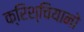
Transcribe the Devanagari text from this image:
क्रिश्चियानो